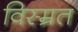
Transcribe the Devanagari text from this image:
विस्म्रत